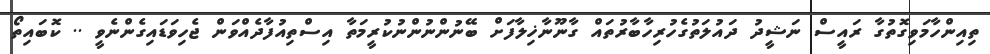
ތިއިންހާމަވިގޮތުގާ ރައީސް ނަޝީދު ދައުލަތުގެހުރިހާބާރުތައް ގާނޫނާޚިލާފަށް ބޭނުންނުންނުކުރީމަތާ އިސްތިއުފާދެއްވަން ޖެހިވަޑައިގެންނެވީ .. ކޮބައިތޯ